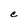
Character: C